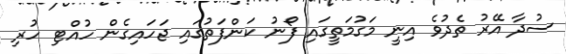
ސުދާ އޭރު ތެދުވެ އިނީ މަގުމަތީގައި ފޯނު ކަންފަތުގައި ޖަހައިގެން ހުއްޓި ހުރި